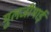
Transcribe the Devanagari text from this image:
मुलजीभाई